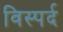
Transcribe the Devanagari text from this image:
विस्पर्द